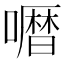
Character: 𱕅